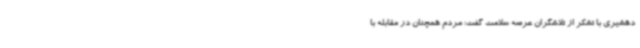
دهشیری با تشکر از تلاشگران عرصه سلامت گفت: مردم همچنان در مقابله با